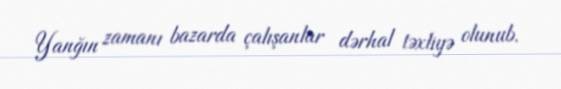
Yanğın zamanı bazarda çalışanlar dərhal təxliyə olunub.